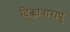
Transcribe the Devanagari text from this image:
टिक्कावारापु